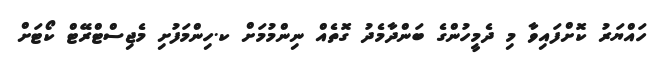
ހައްޔަރު ކޮށްފައިވާ މި ދެމީހުންގެ ބަންދާމެދު ގޮތެއް ނިންމުމަށް ކ.ހިންމަފުށި މެޖިސްޓްރޭޓް ކޯޓަށް